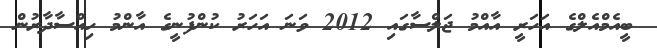
ބީއެމްއެލްގެ އަހަރީ އާއްމު ޖަލްސާގައި 2012 ވަނަ އަހަރު ކުންފުނީގެ އާންމު ހިއްސާދާރުން